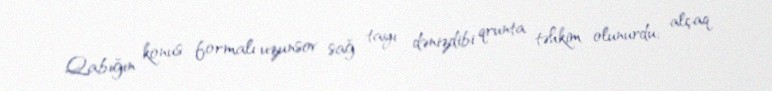
Qabığın konus formalı uzunsov sağ tayı dənizdibi qrunta təhkim olunurdu; alçaq